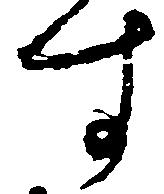
す